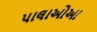
પાલાઓઆ